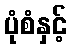
ပုံစံနှင့်